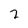
Character: 7